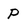
Character: P